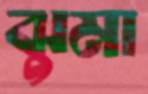
ঝুমা